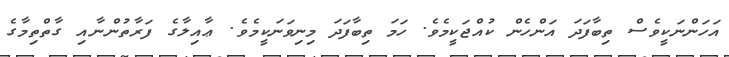
އަހަންނަކީވެސް ތިބާފަދަ އަންހެން ކުއްޖަކީމެވެ. ހަމަ ތިބާފަދަ މިނިވަނަކީމެވެ. ޢާއިލާގެ ފަރާތުންނާއި ގާތްތިމާގެ